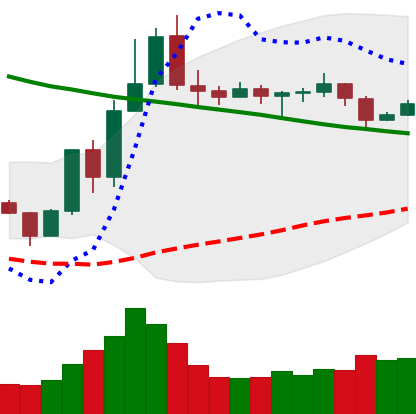
Ticker: TRX-USD
Chart end date: 2019-11-10
Forward return: -4.046%
Label: down_3_5